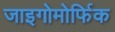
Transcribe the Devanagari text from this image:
जाइगोमोर्फिक